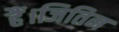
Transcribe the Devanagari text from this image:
हैं।जितिन